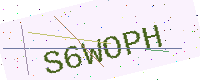
Text: S6WOPH